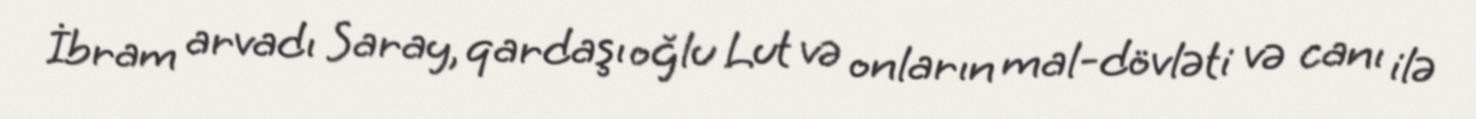
İbram arvadı Saray, qardaşı oğlu Lut və onların mal-dövləti və canı ilə